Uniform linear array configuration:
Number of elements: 12
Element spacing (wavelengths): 1
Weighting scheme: exponential
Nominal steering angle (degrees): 45
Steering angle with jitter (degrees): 45.619
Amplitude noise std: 0.05
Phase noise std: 0.05

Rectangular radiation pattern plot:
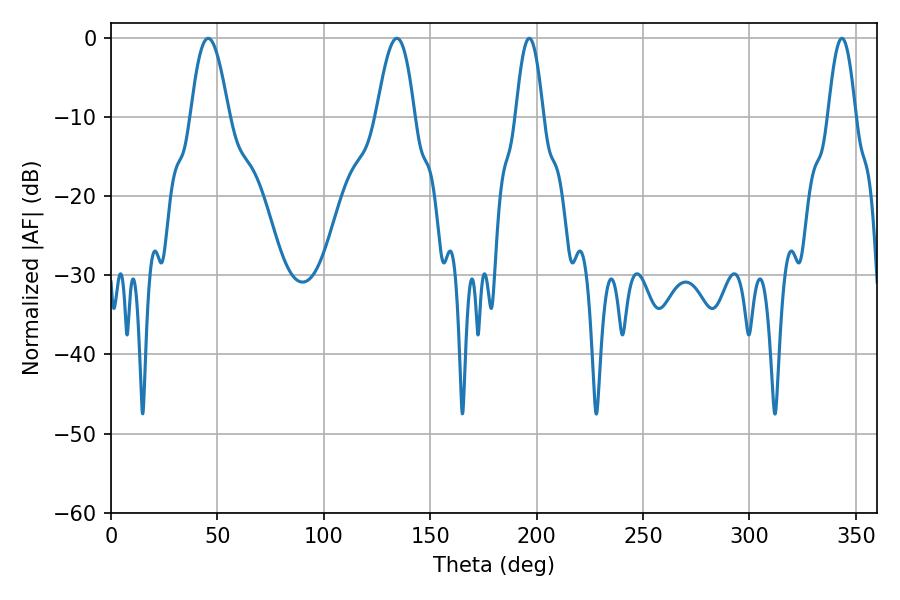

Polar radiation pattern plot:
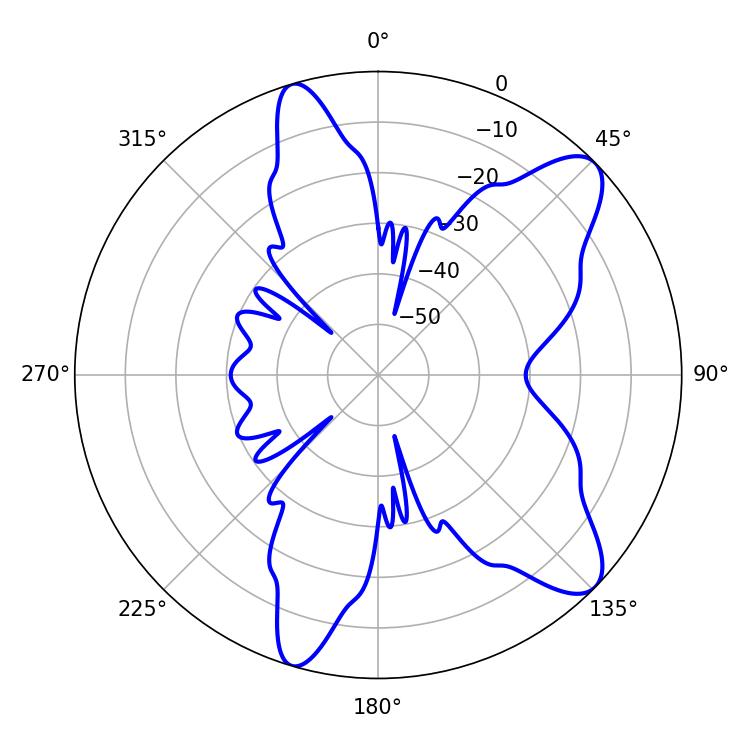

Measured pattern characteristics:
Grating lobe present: TRUE
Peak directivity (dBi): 9.921
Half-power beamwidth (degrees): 6.84
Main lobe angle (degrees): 196.56